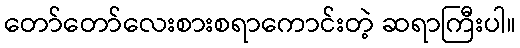
တော်တော်လေးစားစရာကောင်းတဲ့ ဆရာကြီးပါ။